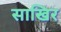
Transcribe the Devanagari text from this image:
साखिर